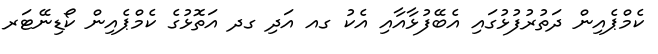
ކެމްޕެއިން ދަތުރުފުޅުގައި އެބޭފުޅާއާއި އެކު ގއ އަދި ގދ އަތޮޅުގެ ކެމްޕެއިން ކޯޑިނޭޓަރ